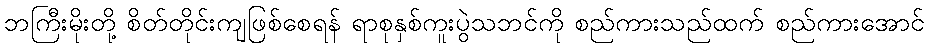
ဘကြီးမိုးတို့ စိတ်တိုင်းကျဖြစ်စေရန် ရာစုနှစ်ကူးပွဲသဘင်ကို စည်ကားသည်ထက် စည်ကားအောင်